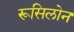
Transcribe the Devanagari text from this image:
रूसिलोन